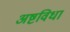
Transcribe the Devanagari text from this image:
अष्टविधा